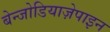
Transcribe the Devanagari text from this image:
बेन्जोडियाज़ेपाइन